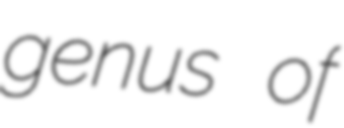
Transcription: genus of